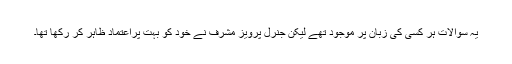
یہ سوالات ہر کسی کی زبان پر موجود تھے لیکن جنرل پرویز مشرف نے خود کو بہت پُراعتماد ظاہر کر رکھا تھا۔